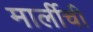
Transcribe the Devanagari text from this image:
मार्लीची